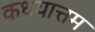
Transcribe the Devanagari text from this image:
कधयात्तम